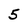
Character: 5